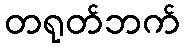
တရုတ်ဘက်